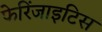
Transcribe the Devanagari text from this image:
फेरिंजाइटिस